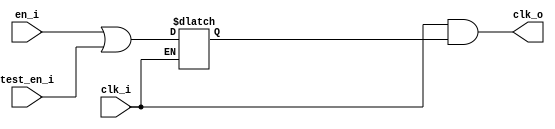
// Copyright lowRISC contributors.
// Licensed under the Apache License, Version 2.0, see LICENSE for details.
// SPDX-License-Identifier: Apache-2.0
module flexbex_prim_clock_gating (
	clk_i,
	en_i,
	test_en_i,
	clk_o
);
	input wire clk_i;
	input wire en_i;
	input wire test_en_i;
	output wire clk_o;
	reg clk_en;
	always @(*)
		if (clk_i == 1'b0)
			clk_en <= en_i | test_en_i;
	assign clk_o = clk_i & clk_en;
endmodule